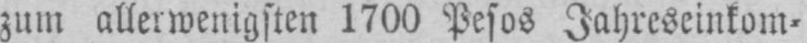
zum allerwenigsten 1700 Pesos Jahreseinkom⸗